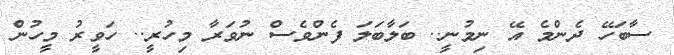
ސާބަހޭ ދެންމެ އޭ ނިމުނީ.. ބަލާބަލަ ފެންވެސް ނުވަރާ މިހުރީ.. ހަވީރު މީހުން